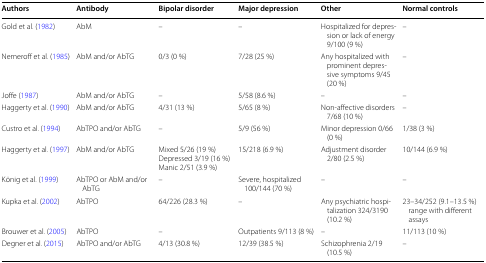
| Authors | Antibody | Bipolar disorder | Major depression | Other | Normal controls |
 | --- | --- | --- | --- | --- | --- |
 | Gold et al. (1982) | AbM | – | – | Hospitalized for depression or lack of energy 9/100 (9 %) | – |
 | Nemeroff et al. (1985) | AbM and/or AbTG | 0/3 (0 %) | 7/28 (25 %) | Any hospitalized with prominent depressive symptoms 9/45 (20 %) | – |
 | Joffe (1987) | AbM and/or AbTG | – | 5/58 (8.6 %) | – | – |
 | Haggerty et al. (1990) | AbM and/or AbTG | 4/31 (13 %) | 5/65 (8 %) | Non-affective disorders 7/68 (10 %) | – |
 | Custro et al. (1994) | AbTPO and/or AbTG | – | 5/9 (56 %) | Minor depression 0/66 (0 %) | 1/38 (3 %) |
 | Haggerty et al. (1997) | AbM and/or AbTG | Mixed 5/26 (19 %)Depressed 3/19 (16 %)Manic 2/51 (3.9 %) | 15/218 (6.9 %) | Adjustment disorder 2/80 (2.5 %) | 10/144 (6.9 %) |
 | König et al. (1999) | AbTPO or AbM and/or AbTG | – | Severe, hospitalized 100/144 (70 %) | – | – |
 | Kupka et al. (2002) | AbTPO | 64/226 (28.3 %) | – | Any psychiatric hospitalization 324/3190 (10.2 %) | 23–34/252 (9.1–13.5 %) range with different assays |
 | Brouwer et al. (2005) | AbTPO | – | Outpatients 9/113 (8 %) | – | 11/113 (10 %) |
 | Degner et al. (2015) | AbTPO and/or AbTG | 4/13 (30.8 %) | 12/39 (38.5 %) | Schizophrenia 2/19 (10.5 %) | – |